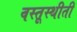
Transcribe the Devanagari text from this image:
वस्तूस्थीती